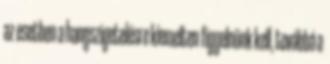
az esetben a hangszigetelésre kiemelten figyelnünk kell, továbbá a